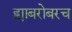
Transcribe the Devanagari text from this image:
ह्याबरोबरच